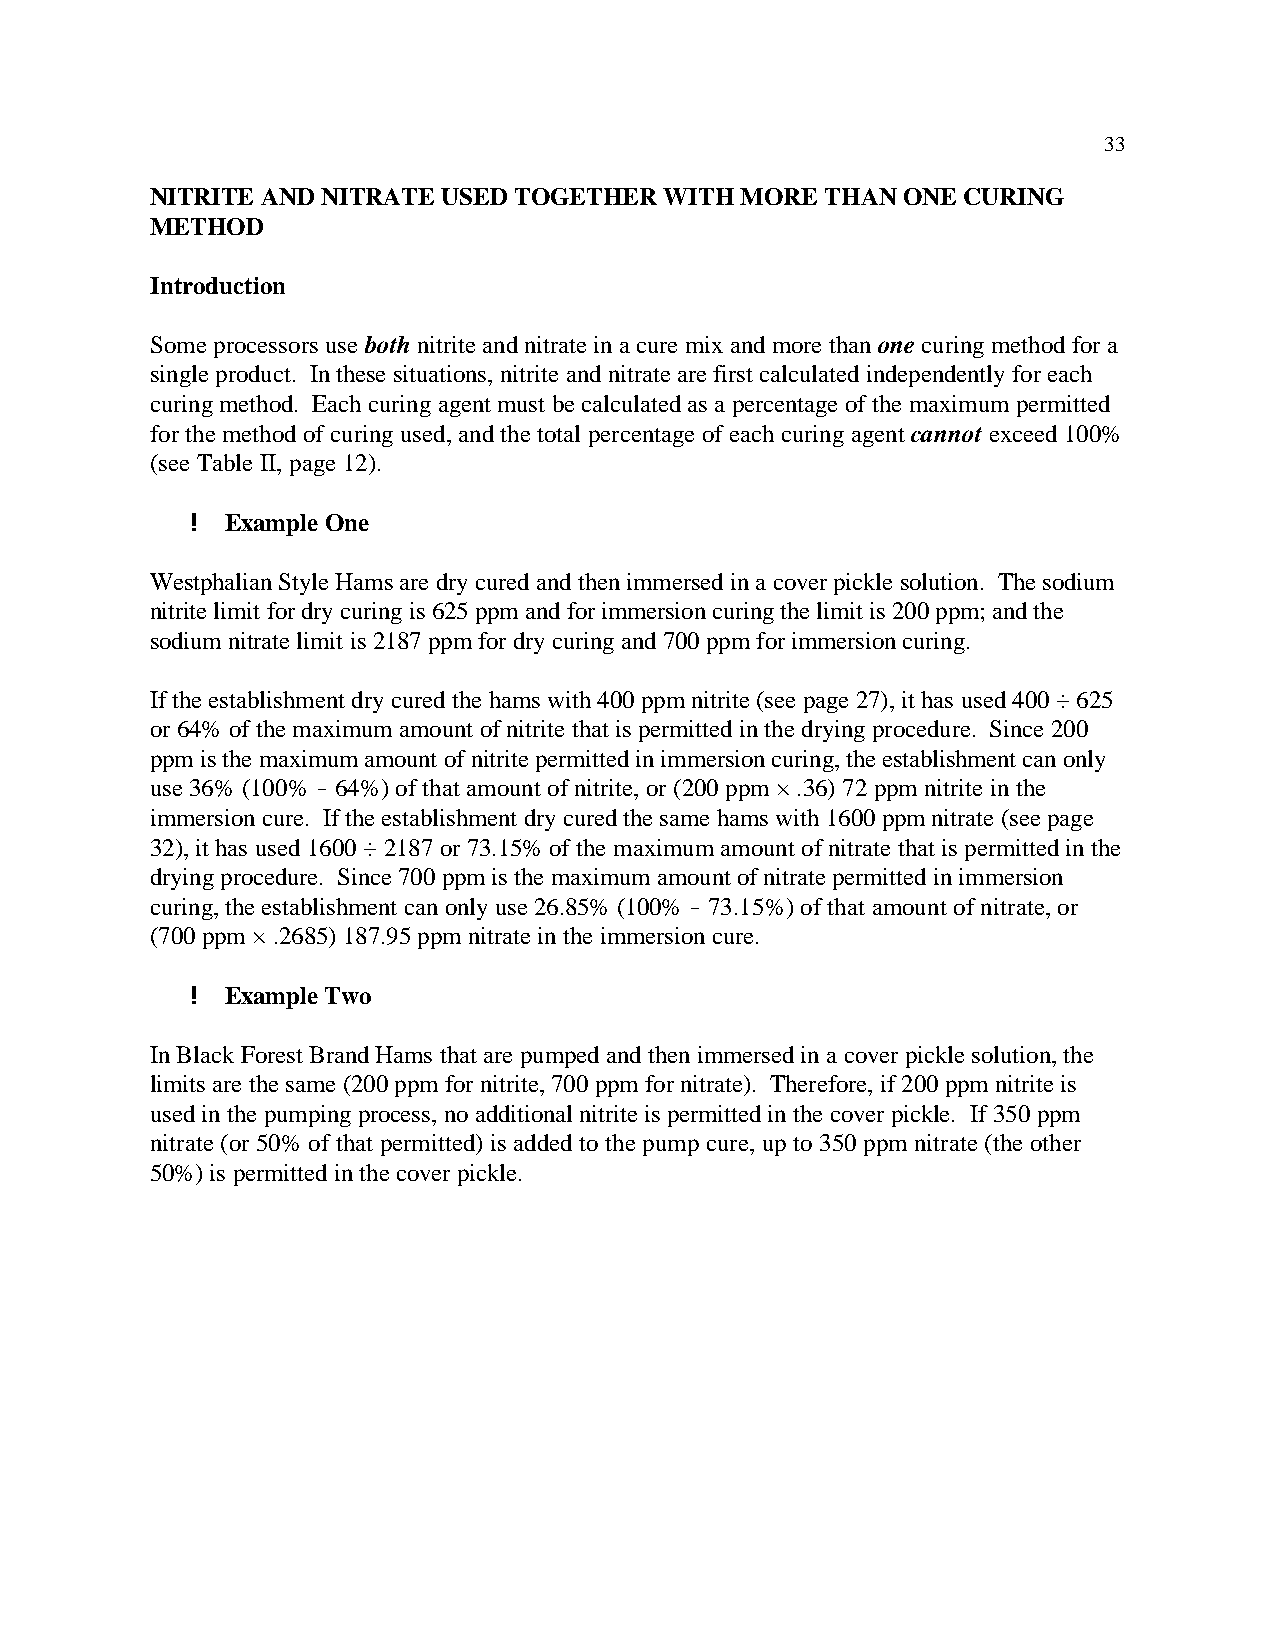
33
 NITRITE AND NITRATE USED TOGETHER WITH MORE  THAN ONE CURING
 METHOD
 Introduction
 Some processors use both nitrite and nitrate in a cure mix and more than one curing method for a
 single product. In these situations, nitrite and nitrate are first calculated independently for each
 curing method. Each curing agent must be calculated as a percentage of the maximum permitted
 for the method of curing used, and the total percentage of each curing agent cannot exceed 100%
 (see Table II, page 12).
 ! Example One
 Westphalian Style Hams are dry cured and then immersed in a cover pickle solution. The sodium
 nitrite limit for dry curing is 625 ppm and for immersion curing the limit is 200 ppm; and the
 sodium nitrate limit is 2187 ppm for dry curing and 700 ppm for immersion curing.
 If the establishment dry cured the hams with 400 ppm nitrite (see page 27), it has used 400 ÷ 625
 or 64% of the maximum amount of nitrite that is permitted in the drying procedure. Since 200
 ppm is the maximum amount of nitrite permitted in immersion curing, the establishment can only
 use 36% (100% ! 64%) of that amount of nitrite, or (200 ppm × .36) 72 ppm nitrite in the
 immersion cure. If the establishment dry cured the same hams with 1600 ppm nitrate (see page
 32), it has used 1600 ÷ 2187 or 73.15% of the maximum amount of nitrate that is permitted in the
 drying procedure. Since 700 ppm is the maximum amount of nitrate permitted in immersion
 curing, the establishment can only use 26.85% (100% ! 73.15%) of that amount of nitrate, or
 (700 ppm × .2685) 187.95 ppm nitrate in the immersion cure.
 ! Example Two
 In Black Forest Brand Hams that are pumped and then immersed in a cover pickle solution, the
 limits are the same (200 ppm for nitrite, 700 ppm for nitrate). Therefore, if 200 ppm nitrite is
 used in the pumping process, no additional nitrite is permitted in the cover pickle. If 350 ppm
 nitrate (or 50% of that permitted) is added to the pump cure, up to 350 ppm nitrate (the other
 50%) is permitted in the cover pickle.